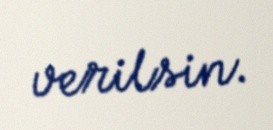
verilsin.